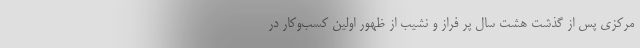
مرکزی پس از گذشت هشت سال پر فراز و نشیب از ظهور اولین کسب‌وکار در